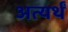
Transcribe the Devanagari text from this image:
अत्यर्थं